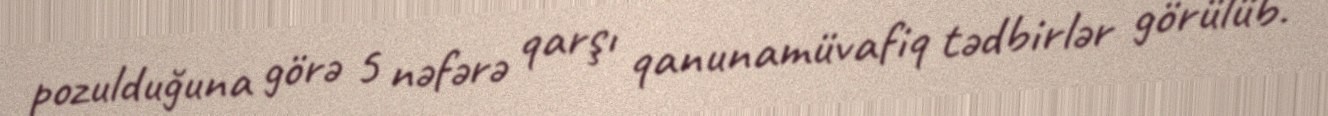
pozulduğuna görə 5 nəfərə qarşı qanunamüvafiq tədbirlər görülüb.